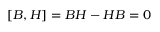
[ B , H ] = B H - H B = 0